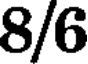
8/6